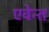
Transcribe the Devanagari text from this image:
एवेन्त